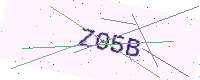
Text: Z05B